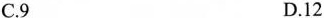
C.9 D.12